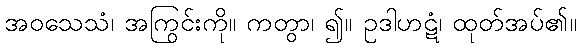
အဝသေသံ၊ အကြွင်းကို။ ကတွာ၊ ၍။ ဥဒါဟဋံ၊ ထုတ်အပ်၏။